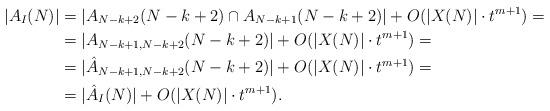
LaTeX: \begin{align*} |A_I(N)|&=|A_{N-k+2}(N-k+2)\cap A_{N-k+1}(N-k+2)|+O(|X(N)|\cdot t^{m+1})=\\ &=|A_{N-k+1,N-k+2}(N-k+2)|+O(|X(N)|\cdot t^{m+1})=\\ &=|\hat{A}_{N-k+1,N-k+2}(N-k+2)|+O(|X(N)|\cdot t^{m+1})=\\ &=|\hat{A}_I(N)|+O(|X(N)|\cdot t^{m+1}). \end{align*}